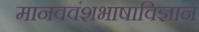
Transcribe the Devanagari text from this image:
मानववंशभाषाविज्ञान